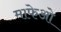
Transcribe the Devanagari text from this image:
माफेओ